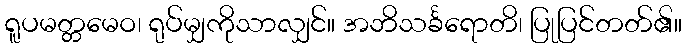
ရူပမတ္တမေဝ၊ ရုပ်မျှကိုသာလျှင်။ အဘိသင်္ခရောတိ၊ ပြုပြင်တတ်၏။